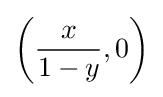
\left({\frac {x}{1-y}},0\right)